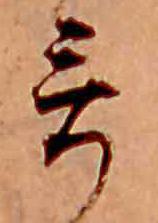
哥